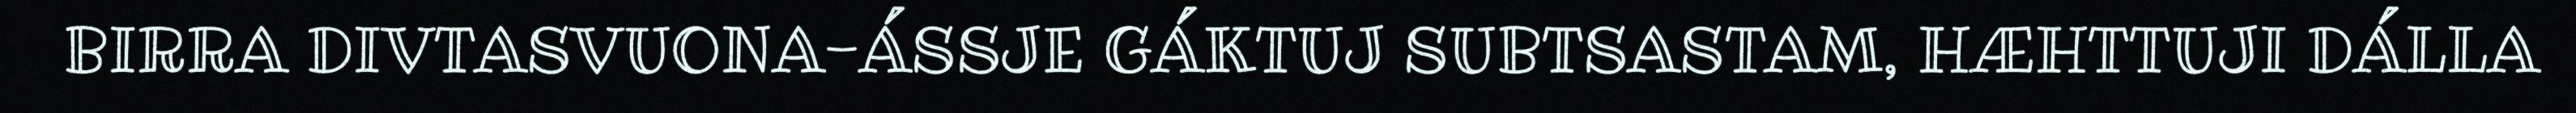
BIRRA DIVTASVUONA-ÁSSJE GÁKTUJ SUBTSASTAM, HÆHTTUJI DÁLLA